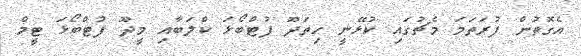
އެގޮތުުން ފުރަތަމަ މެޗުގައި ކުޅޭނީ ހިތަދޫ ފުޓްބޯޅަ ކްލަބާއި މީދޫ ފުޓްބޯޅަ ޓީމް